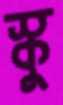
স্কু